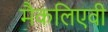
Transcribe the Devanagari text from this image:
मैकलिएवी